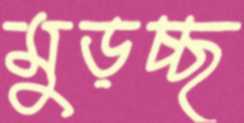
মুড়চ্ছ